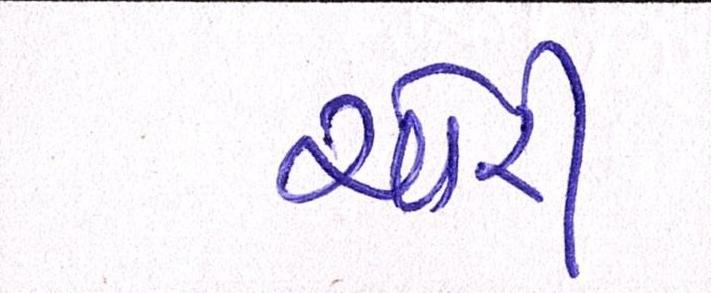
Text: ચોરી